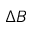
\Delta B